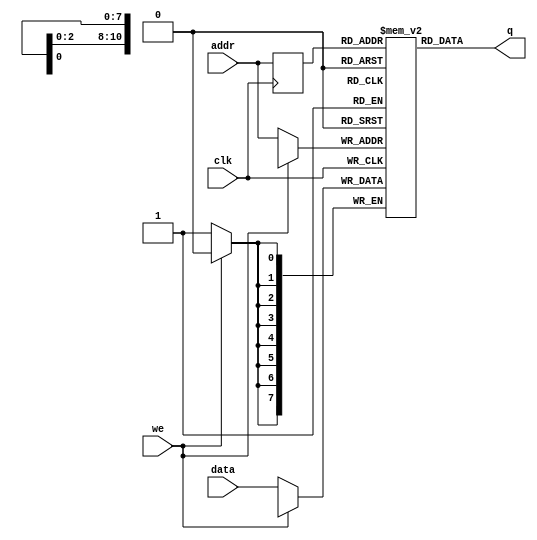
module ram2114
(
	input [7:0] data,
	input [10:0] addr,
	input we,clk,
	output [7:0] q
);

	reg [7:0] ram[2047:0];

	reg [10:0] addr_reg;

//RAM initialization Option 1 - Fill
	initial 
	begin : INIT
		integer i;
		for(i = 0; i < 2048; i = i + 1)
			ram[i] = {8{1'b0}};
	end 
//
//RAM initialization Option 2 - File load
//	initial
//	begin
//		$readmemh("ram_file.txt", ram);
//	end
//

	always @ (posedge clk)
	begin
		// Write
		if (!we)
			ram[addr] <= data;

		addr_reg <= addr;
	end

	assign q = ram[addr_reg];

endmodule

module ram2114_DP
(
	input [7:0] data_a, data_b,
	input [10:0] addr_a, addr_b,
	input we_a, we_b, clk,
	output reg [7:0] q_a, q_b
);

	// Declare the RAM variable
	reg [7:0] ram[2047:0];
	
//RAM initialization Option 1 - Fill
	initial 
	begin : INIT
		integer i;
		for(i = 0; i < 2048; i = i + 1)
			ram[i] = {8{1'b0}};
	end 
//
//RAM initialization Option 2 - File load
//	initial
//	begin
//		$readmemh("ram_file.txt", ram);
//	end
//

	// Port A 
	always @ (posedge clk)
	begin
		if (!we_a) 
		begin
			ram[addr_a] <= data_a;
			q_a <= data_a;
		end
		else 
		begin
			q_a <= ram[addr_a];
		end 
	end 

	// Port B 
	always @ (posedge clk)
	begin
		if (!we_b) 
		begin
			ram[addr_b] <= data_b;
			q_b <= data_b;
		end
		else 
		begin
			q_b <= ram[addr_b];
		end 
	end

endmodule